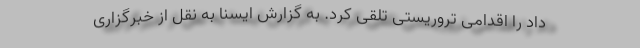
داد را اقدامی تروریستی تلقی کرد. به گزارش ایسنا به نقل از خبرگزاری